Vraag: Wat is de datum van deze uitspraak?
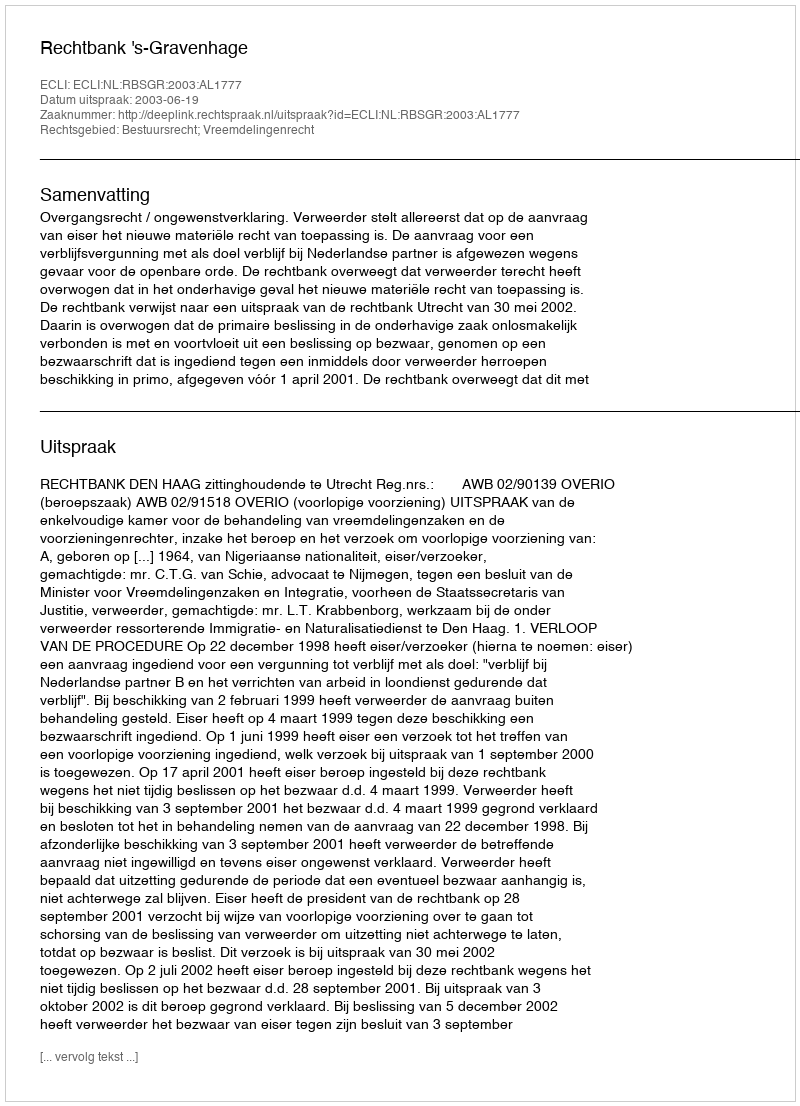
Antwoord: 2003-06-19